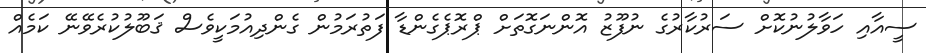
ސީއާއި ހަވާލުނުކޮށް ސަރުކާރުގެ ނުފޫޒު އޮންނަގޮތަށް ޕްރޮޕެގެންޑާ ފަތުރަމުން ގެންދިއުމަކީވެސް ޤަބޫލުކުރެވޭނޭ ކަމެއް